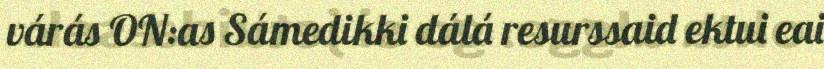
várás ON:as Sámedikki dálá resurssaid ektui eai